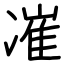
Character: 凗